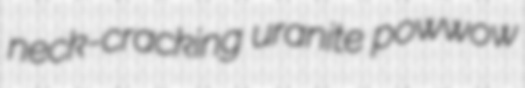
neck-cracking uranite powwow